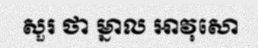
សួរ ថា ម្នាល អាវុសោ